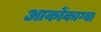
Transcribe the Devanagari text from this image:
आकोंकाग्वा